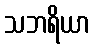
သဘရိယာ